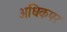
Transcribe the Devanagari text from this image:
अधिकपर